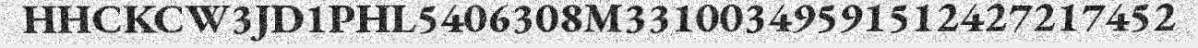
HHCKCW3JD1PHL5406308M33100349591512427217452